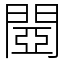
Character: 閸